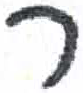
אות: ר